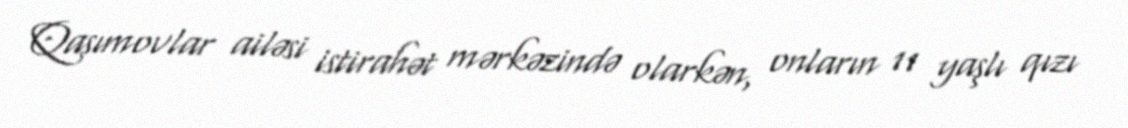
Qasımovlar ailəsi istirahət mərkəzində olarkən, onların 11 yaşlı qızı